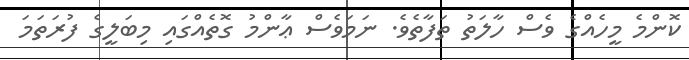
ކޮންމެ މީހެއްގެ ވެސް ހާލަތު ތަފާތެވެ. ނަމަވެސް ޢާންމު ގޮތެއްގައި މިބަލީގެ ފުރަތަމަ